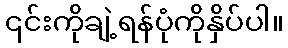
၎င်းကိုချဲ့ရန်ပုံကိုနှိပ်ပါ။